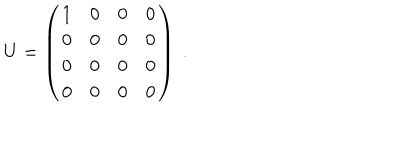
U = \left( \begin{array} { c c c c } { { 1 } } & { { 0 } } & { { 0 } } & { { 0 } } \\ { { 0 } } & { { 0 } } & { { 0 } } & { { 0 } } \\ { { 0 } } & { { 0 } } & { { 0 } } & { { 0 } } \\ { { 0 } } & { { 0 } } & { { 0 } } & { { 0 } } \\ \end{array} \right) ~ .